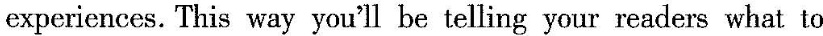
experiences. This way you'll be telling your readers what to